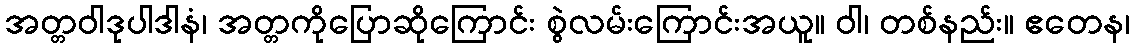
အတ္တဝါဒုပါဒါနံ၊ အတ္တကိုပြောဆိုကြောင်း စွဲလမ်းကြောင်းအယူ။ ဝါ၊ တစ်နည်း။ ဧတေန၊